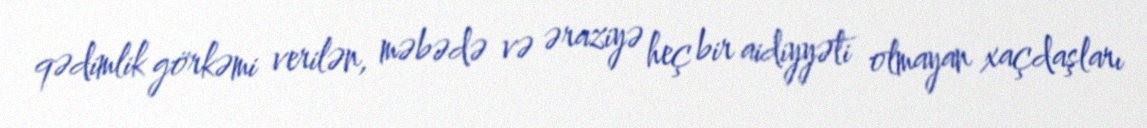
qədimlik görkəmi verilən, məbədə və əraziyə heç bir aidiyyəti olmayan xaçdaşları